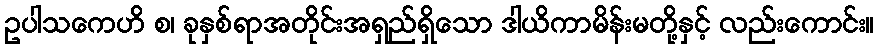
ဥပါသကေဟိ စ၊ ခုနှစ်ရာအတိုင်းအရှည်ရှိသော ဒါယိကာမိန်းမတို့နှင့် လည်းကောင်း။